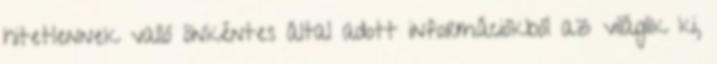
hitetlennek valló önkéntes által adott információkból az világlik ki,